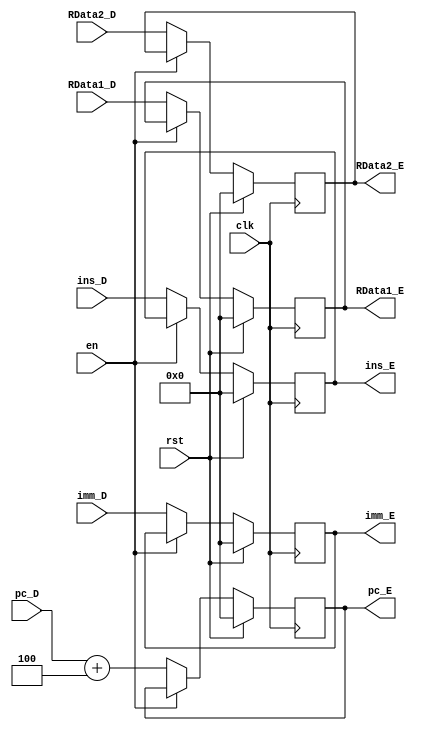
`timescale 1ns / 1ps
//////////////////////////////////////////////////////////////////////////////////
// Company: 
// Engineer: 
// 
// Design Name: 
// Module Name:    ID_EX 
// Project Name: 
// Target Devices: 
// Tool versions: 
// Description: 
//
// Dependencies: 
//
// Revision: 
// Revision 0.01 - File Created
// Additional Comments: 
//
//////////////////////////////////////////////////////////////////////////////////
module ID_EX(clk,rst,en,ins_D,pc_D,ins_E,pc_E,RData1_D,RData2_D,imm_D,RData1_E,RData2_E,imm_E
    );
	input clk,rst,en;
	input[31:0]       ins_D,pc_D,RData1_D,RData2_D,imm_D;
	output reg [31:0] ins_E,pc_E,RData1_E,RData2_E,imm_E;
	initial begin
	ins_E=0;
	pc_E=0;
	RData1_E=0;
	RData2_E=0;
	imm_E=0;
	end
	always @(posedge clk)
	begin
		if(rst)
		begin
			ins_E <=0;
			pc_E <=0;
			RData1_E <=0;
			RData2_E <=0;
			imm_E <=0;
		end
		else if(!en)
		begin
			ins_E <=ins_D;
			pc_E <=pc_D;
			pc_E <=pc_D+4;
			RData1_E <=RData1_D;
			RData2_E <=RData2_D;
			imm_E <=imm_D;
		end
	end

endmodule